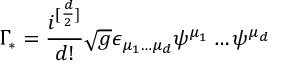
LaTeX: \Gamma _ { * } = \frac { i ^ { [ \frac { d } { 2 } ] } } { d ! } \sqrt { g } \epsilon _ { \mu _ { 1 } \dots \mu _ { d } } \psi ^ { \mu _ { 1 } } \dots \psi ^ { \mu _ { d } }